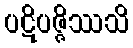
ပဋိပဇ္ဇိဿသိ